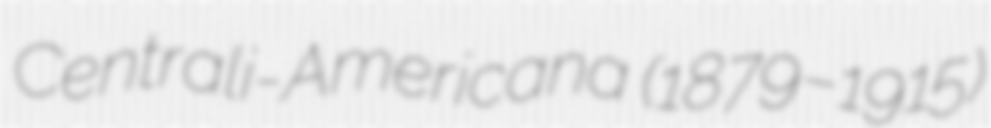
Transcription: Centrali-Americana (1879–1915)